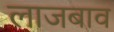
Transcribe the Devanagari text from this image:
लाजबाव